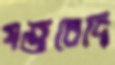
যজ্ঞবেদি